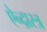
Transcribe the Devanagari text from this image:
ऐन्द्रास्त्र